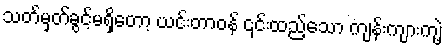
သတ်မှတ်ခွင့်မရှိတော့ ယင်းတာဝန် ၎င်းထည့်သော ကျန်းကျားကျဲ့